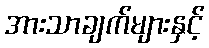
အားသာချက်များနှင့်